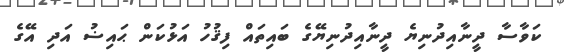
ކަވާސާ ދީނާއިދުނިޔެ ދީނާއިދުނިޔޭގެ ބައިތައް ފިޤުހު އަޅުކަން ޙައިޟު އަދި އޭގެ